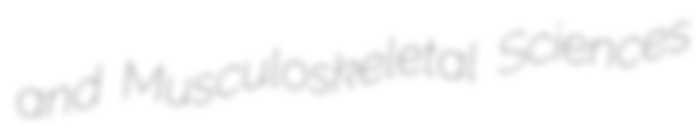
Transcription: and Musculoskeletal Sciences